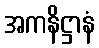
အကနိဋ္ဌာနံ